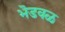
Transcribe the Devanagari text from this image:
भॆडवळ